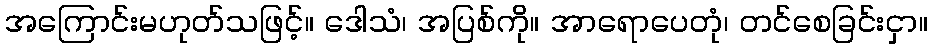
အကြောင်းမဟုတ်သဖြင့်။ ဒေါသံ၊ အပြစ်ကို။ အာရောပေတုံ၊ တင်စေခြင်းငှာ။